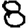
Digit: 8